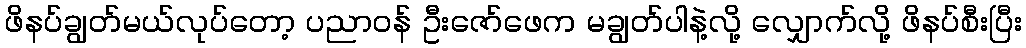
ဖိနပ်ချွတ်မယ်လုပ်တော့ ပညာဝန် ဦးဇော်ဖေက မချွတ်ပါနဲ့လို့ လျှောက်လို့ ဖိနပ်စီးပြီး